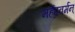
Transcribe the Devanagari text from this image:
महेंद्रवर्मन्‌